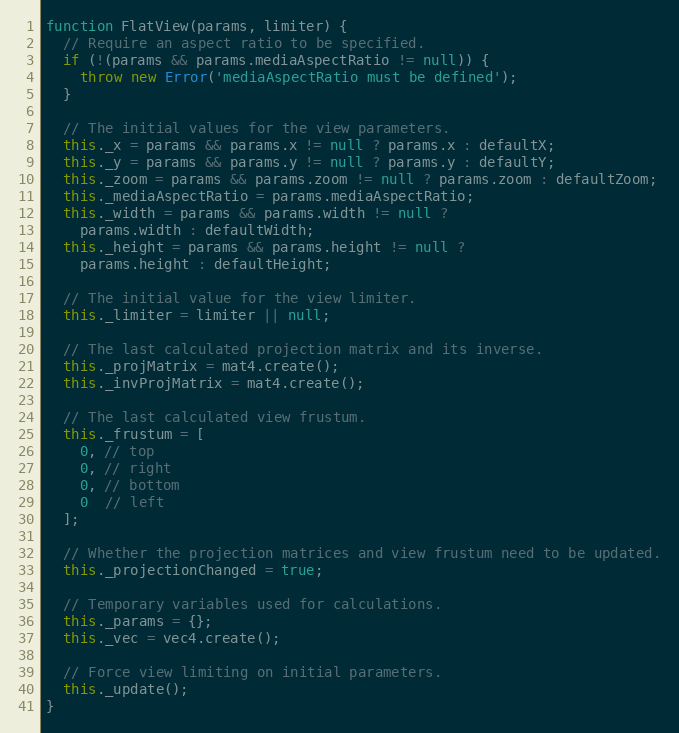
Language: JavaScript
function FlatView(params, limiter) {
  // Require an aspect ratio to be specified.
  if (!(params && params.mediaAspectRatio != null)) {
    throw new Error('mediaAspectRatio must be defined');
  }

  // The initial values for the view parameters.
  this._x = params && params.x != null ? params.x : defaultX;
  this._y = params && params.y != null ? params.y : defaultY;
  this._zoom = params && params.zoom != null ? params.zoom : defaultZoom;
  this._mediaAspectRatio = params.mediaAspectRatio;
  this._width = params && params.width != null ?
    params.width : defaultWidth;
  this._height = params && params.height != null ?
    params.height : defaultHeight;

  // The initial value for the view limiter.
  this._limiter = limiter || null;

  // The last calculated projection matrix and its inverse.
  this._projMatrix = mat4.create();
  this._invProjMatrix = mat4.create();

  // The last calculated view frustum.
  this._frustum = [
    0, // top
    0, // right
    0, // bottom
    0  // left
  ];

  // Whether the projection matrices and view frustum need to be updated.
  this._projectionChanged = true;

  // Temporary variables used for calculations.
  this._params = {};
  this._vec = vec4.create();

  // Force view limiting on initial parameters.
  this._update();
}